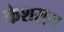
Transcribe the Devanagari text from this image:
केशराम